Vaccination in Bombay 1863-1868 - 1863-1868
Year: 1863
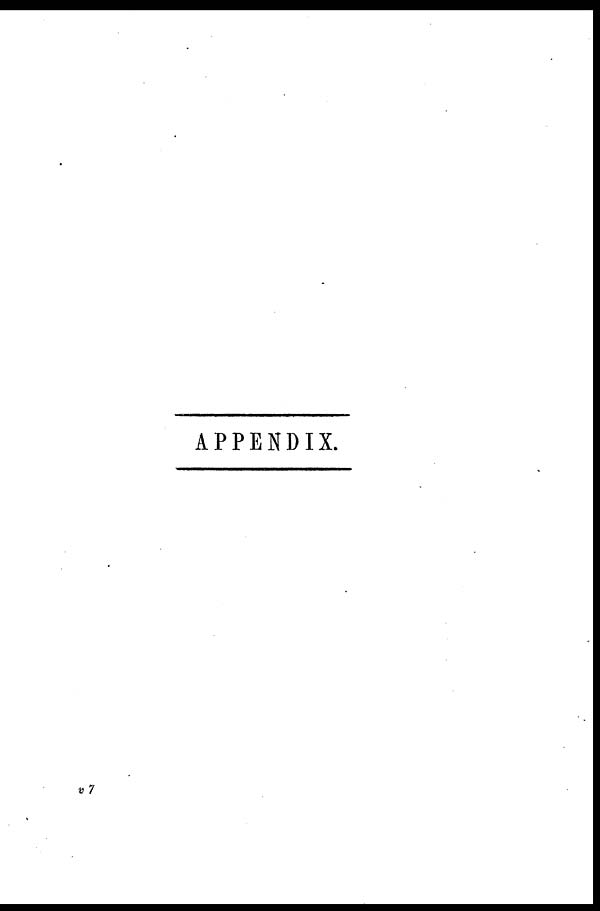
APPENDIX.
v 7